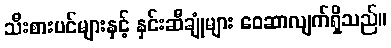
သီးစားပင်များနှင့် နှင်းဆီချုံများ ဝေဆာလျက်ရှိသည်။